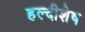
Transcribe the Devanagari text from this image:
हल्दीशेष